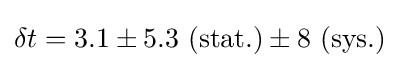
\delta t=3.1\pm 5.3\ (\mathrm {stat.} )\pm 8\ (\mathrm {sys.} )